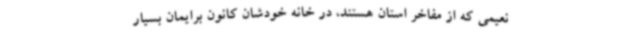
نعیمی که از مفاخر استان هستند، در خانه خودشان کانون برایمان بسیار